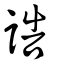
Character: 誥